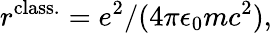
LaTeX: r^{\mathrm{class.}}=e^{2}/(4\pi\epsilon_{0}mc^{2}),